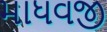
માધવજી